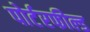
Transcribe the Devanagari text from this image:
पोर्टरफील्ड